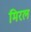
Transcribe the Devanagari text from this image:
मिरल